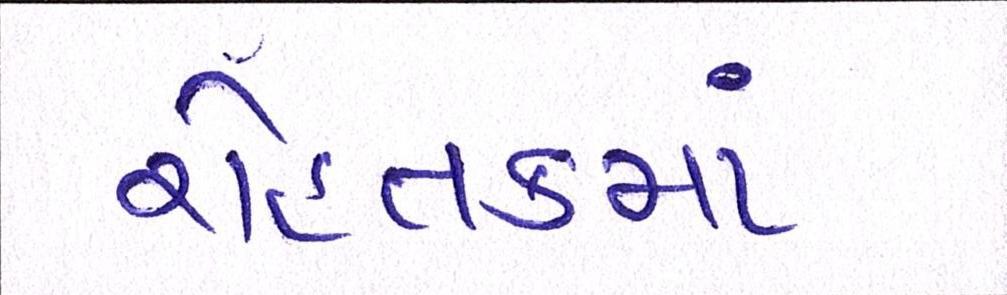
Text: રોહતકમાં